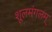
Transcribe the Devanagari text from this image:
शूलमंगलम्‌